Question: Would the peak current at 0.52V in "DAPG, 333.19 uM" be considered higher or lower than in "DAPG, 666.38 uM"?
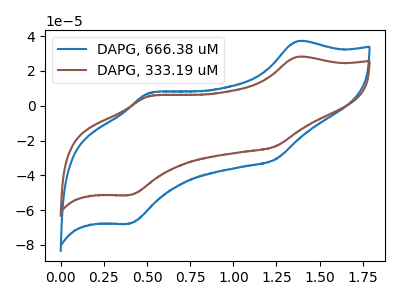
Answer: <think>The blue curve "DAPG, 666.38 uM" has anodic peaks at (1.35V, 37.05uA) (0.50V, 7.45uA) and cathodic peaks at (1.25V, -31.05uA) (0.40V, -67.80uA). The brown curve "DAPG, 333.19 uM" has anodic peaks at (1.35V, 28.10uA) (0.50V, 5.65uA) and cathodic peaks at (1.25V, -23.55uA) (0.40V, -51.40uA).</think>
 <answer>The peak at 0.52V is lower in "DAPG, 333.19 uM" than in "DAPG, 666.38 uM".</answer>
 <eval>lower</eval>